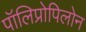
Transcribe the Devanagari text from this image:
पॉलिप्रोपिलोन